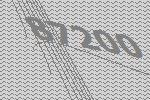
87200